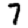
Digit: 7